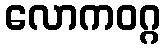
လောကဝဂ္ဂ